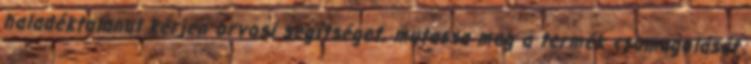
haladéktalanul kérjen orvosi segítséget, mutassa meg a termék csomagolását